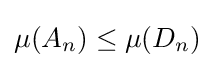
\mu (A_{n})\leq \mu (D_{n})